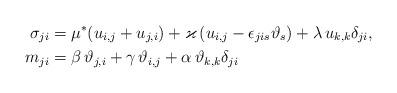
LaTeX: \begin{align*}{\sigma}_{ji} &=\mu^*( u_{i,j}+u_{j,i})+\varkappa\, (u_{i,j}-\epsilon_{jis}\vartheta_s)+\lambda \, u_{k,k}\delta_{ji},\\*m _{ji}&=\beta\, \vartheta_{j,i}+\gamma\,\vartheta_{i,j}+ \alpha \, \vartheta_{k,k}\delta_{ji} \, \end{align*}